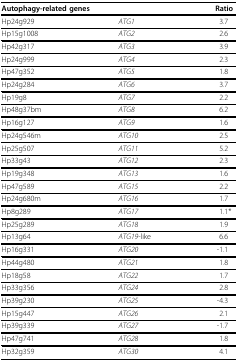
| <COLSPAN=2> Autophagy-related genes | Ratio |
 | --- | --- | --- |
 | Hp24g929 | ATG1 | 3.7 |
 | Hp15g1008 | ATG2 | 2.6 |
 | Hp42g317 | ATG3 | 3.9 |
 | Hp24g999 | ATG4 | 2.3 |
 | Hp47g352 | ATG5 | 1.8 |
 | Hp24g284 | ATG6 | 3.7 |
 | Hp19g8 | ATG7 | 2.2 |
 | Hp48g37bm | ATG8 | 6.2 |
 | Hp16g127 | ATG9 | 1.6 |
 | Hp24g546m | ATG10 | 2.5 |
 | Hp25g507 | ATG11 | 5.2 |
 | Hp33g43 | ATG12 | 2.3 |
 | Hp19g348 | ATG13 | 1.6 |
 | Hp47g589 | ATG15 | 2.2 |
 | Hp24g680m | ATG16 | 1.7 |
 | Hp8g289 | ATG17 | 1.1* |
 | Hp25g289 | ATG18 | 1.9 |
 | Hp13g64 | ATG19-like | 6.6 |
 | Hp16g331 | ATG20 | -1.1 |
 | Hp44g480 | ATG21 | 1.8 |
 | Hp18g58 | ATG22 | 1.7 |
 | Hp33g356 | ATG24 | 2.8 |
 | Hp39g230 | ATG25 | -4.3 |
 | Hp15g447 | ATG26 | 2.1 |
 | Hp39g339 | ATG27 | -1.7 |
 | Hp47g741 | ATG28 | 1.8 |
 | Hp32g359 | ATG30 | 4.1 |